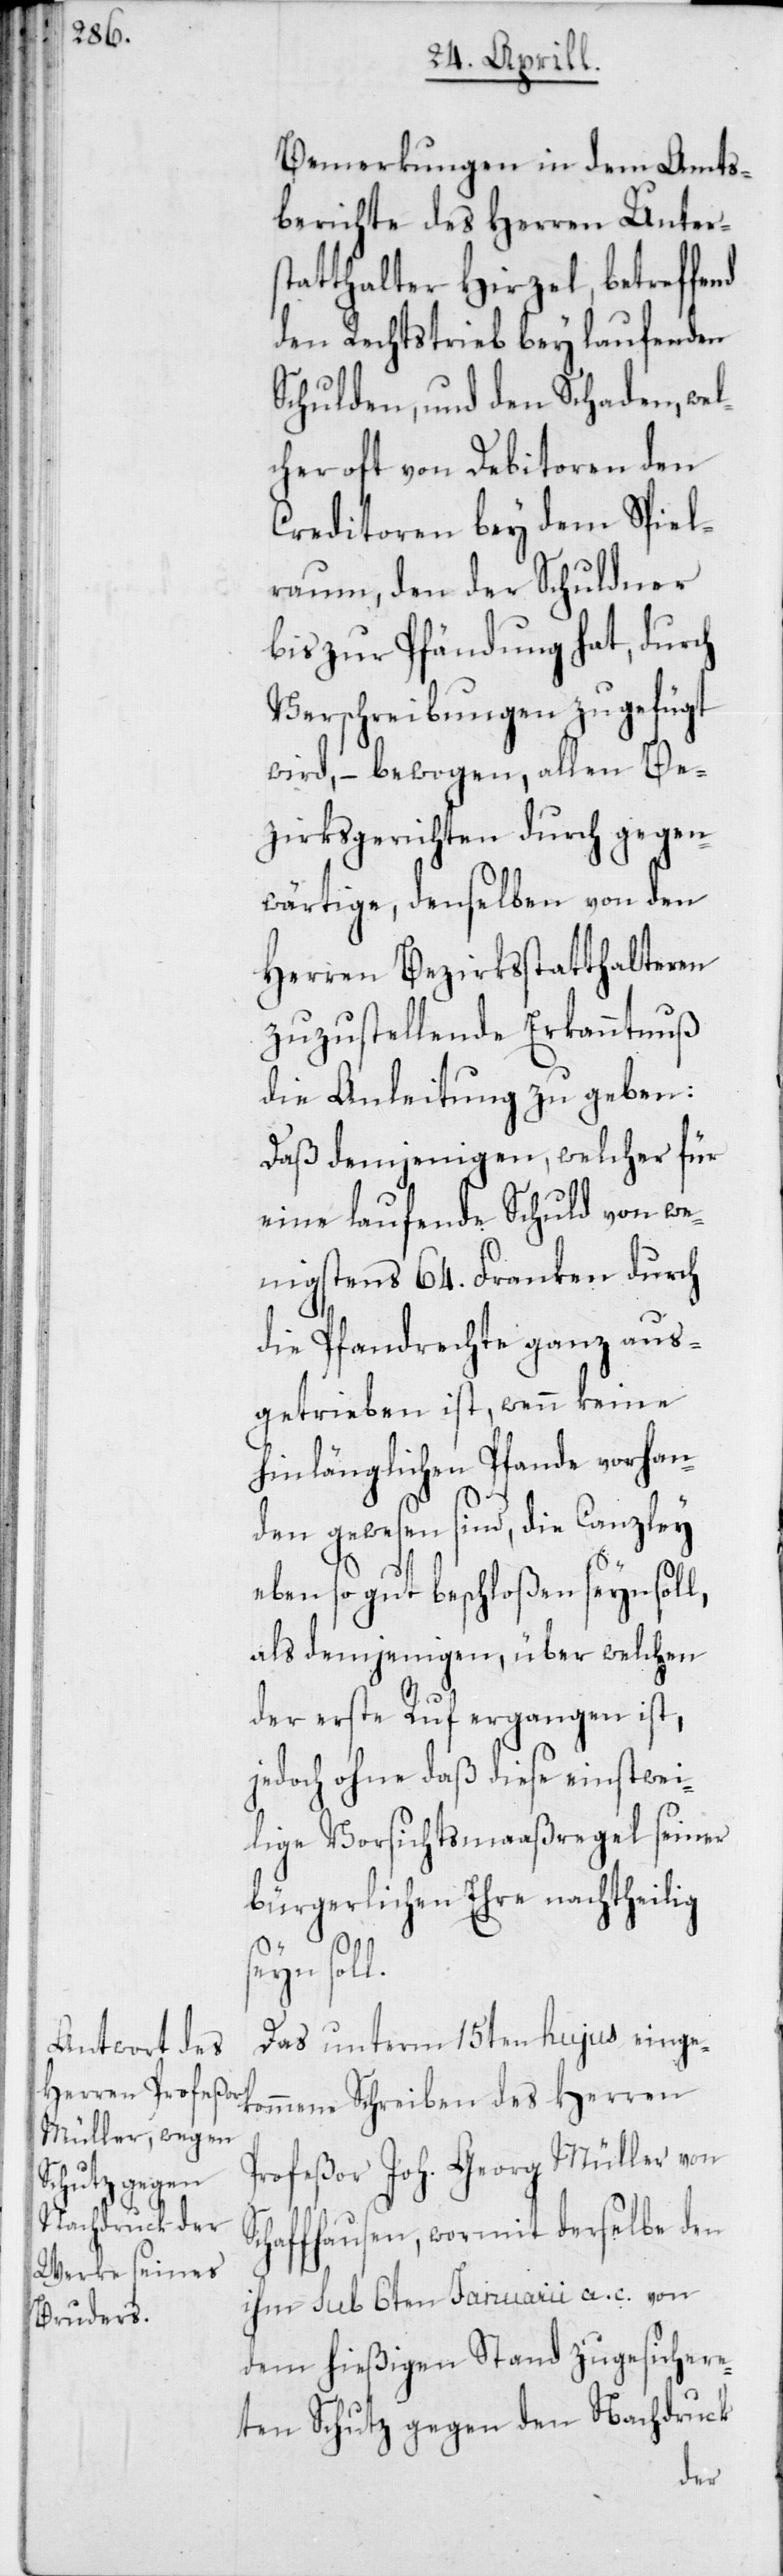
Bemerkungen in dem Amts¬
berichte des Herren Unters¬
tatthalter Hirzel, betreffe¬
den Rechtstrieb bey laufenden
Schulden, und den Schaden, wel¬
cher oft von Debitoren den
Creditoren bey dem Spiel¬
raum, den der Schuldner
bis zur Pfändung hat, durch
Verschreibungen zugefügt
wird, – bewogen, allen Be¬
zirksgerichten durch gegen¬
wärtige, denselben von den
Herren Bezirksstatthalteren
zuzustellende Erkanntnuß
die Anleitung zu geben:
Daß demjenigen, welcher für
eine laufende Schuld von we¬
nigstens 64. Franken durch
die Pfandrechte ganz aus¬
getrieben ist, wenn keine
hinlänglichen Pfande vorhan¬
den gewesen sind, die Canzley
S¬
ebenso gut beschloßen seyn soll,
als demjenigen, über welchen
der erste Ruf ergangen ist,
jedoch ohne daß diese einstwei¬
lige Vorsichtsmaaßregel seiner
bürgerlichen Ehre nachtheilig
seyn sol¬
Das unterm 15ten hujus einge¬
kommene Schreiben des Herren
Profeßor Joh. Georg Müller von
chaffhausen, wormit derselbe den
ihm sub 6ten Januarii a. c. von
dem hießigen Stand zugesichere¬
ten Schutz gegen den Nachdruck